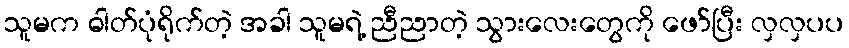
သူမက ဓါတ်ပုံရိုက်တဲ့ အခါ သူမရဲ့ ညီညာတဲ့ သွားလေးတွေကို ဖော်ပြီး လှလှပပ